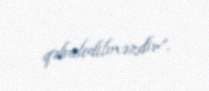
qəbuledilməzdir”.